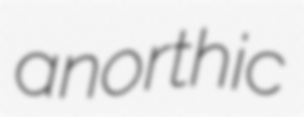
anorthic